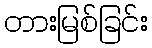
တားမြစ်ခြင်း